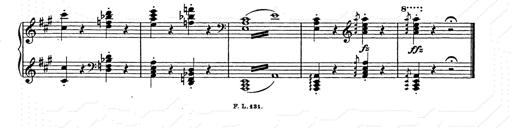
Title: Hungarian Rhapsody No.15
Composer: Franz Liszt
Key: A minor